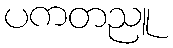
ပကတညူ